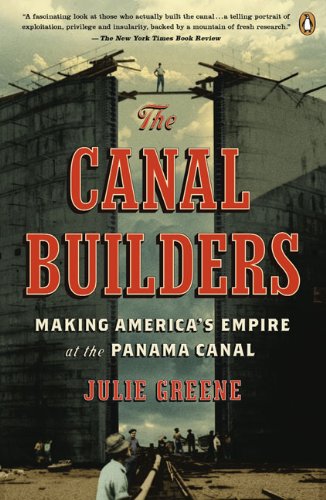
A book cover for The Canal Builders: Making America's Empire at the Panama Canal (Penguin History of American Life); Julie Greene; History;